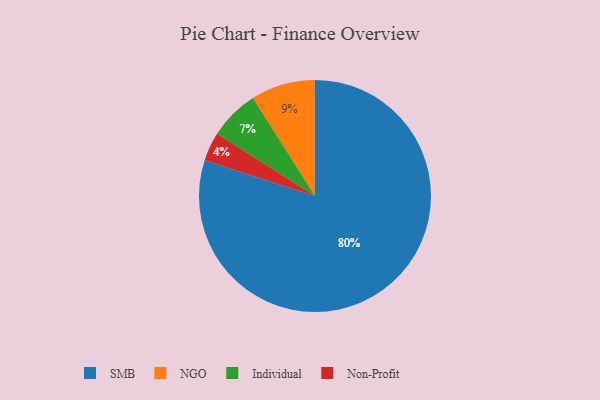
{"axis": {"x": "Category", "y": "Percentage"}, "legend": ["Individual", "NGO", "Non-Profit", "SMB"], "data": [{"x": "NGO", "y": 9, "type": "NGO"}, {"x": "Individual", "y": 7, "type": "Individual"}, {"x": "Non-Profit", "y": 4, "type": "Non-Profit"}, {"x": "SMB", "y": 80, "type": "SMB"}]}